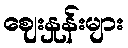
ဈေးနှုန်းများ